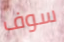
سوف